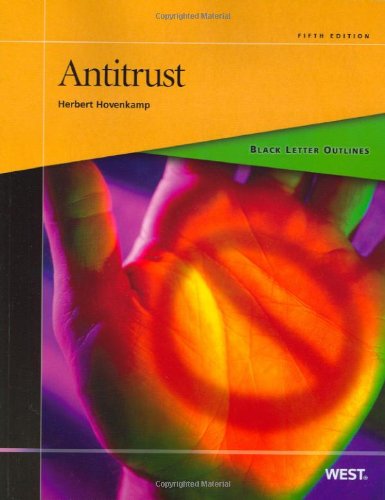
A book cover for Black Letter Outline on Antitrust; Herbert Hovenkamp; Law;